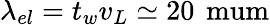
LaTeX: \lambda_{el}=t_{w}v_{L}\simeq 20\, \mathrm{\ mum}